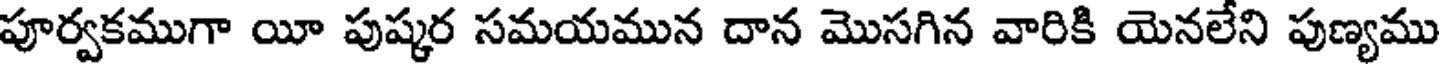
పూర్వకముగా యీ పుష్కర సమయమున దాన మొసగిన వారికి యెనలేని పుణ్యము